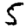
Digit: 5